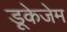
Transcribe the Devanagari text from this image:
डूकेजेम